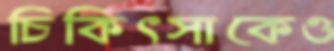
চিকিৎসাকেও